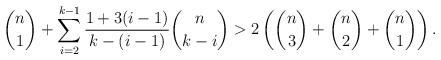
LaTeX: \begin{align*}\binom{n}{1}+\sum_{i=2}^{k-1}\frac{1+3 {\left(i-1\right)}}{k-{\left(i-1\right)}}\binom{n}{k-i}>2\left(\binom{n}{3}+\binom{n}{2}+\binom{n}{1}\right).\end{align*}